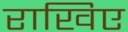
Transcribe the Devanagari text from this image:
राखिए